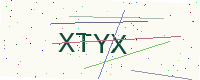
Text: XTYX